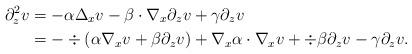
LaTeX: \begin{align*}\partial_z^2v&=-\alpha\Delta_xv-\beta\cdot\nabla_x\partial_zv+\gamma\partial_zv\\&=-\div( \alpha\nabla_xv+\beta\partial_zv) +\nabla_x\alpha\cdot\nabla_xv+\div \beta \partial_zv-\gamma\partial_zv.\end{align*}